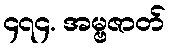
၄၇၄. အမ္ဗဇာတ်